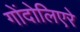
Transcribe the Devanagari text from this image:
गोंदोलिएरे